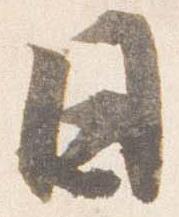
日